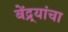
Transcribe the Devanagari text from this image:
बेंद्र्यांचा